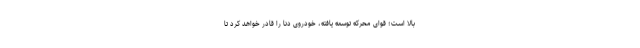
بالا است؛ قوای محرکه توسعه یافته، خودروی دنا را قادر خواهد کرد تا